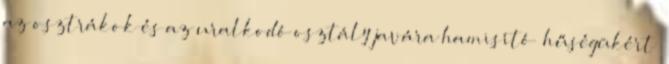
az osztrákok és az uralkodó osztály javára hamisító „hűségükért”